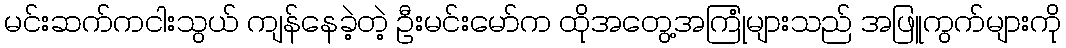
မင်းဆက်ကငါးသွယ် ကျန်နေခဲ့တဲ့ ဦးမင်းမော်က ထိုအတွေ့အကြုံများသည် အဖြူကွက်များကို